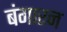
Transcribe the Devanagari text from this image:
बंगारन